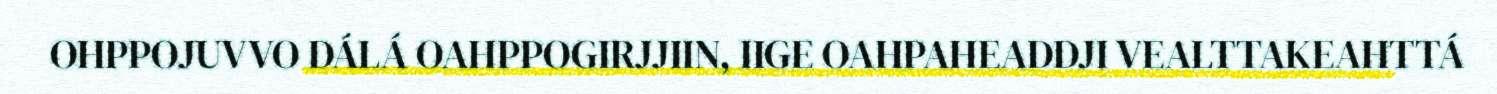
OHPPOJUVVO DÁLÁ OAHPPOGIRJJIIN, IIGE OAHPAHEADDJI VEALTTAKEAHTTÁ